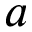
a